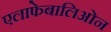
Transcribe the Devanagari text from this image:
एलाफेबालिओन